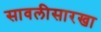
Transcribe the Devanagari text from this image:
सावलीसारखा